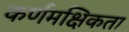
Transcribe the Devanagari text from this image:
कर्णमक्षिकता